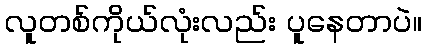
လူတစ်ကိုယ်လုံးလည်း ပူနေတာပဲ။